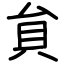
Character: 貟